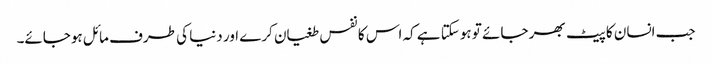
جب انسان کا پیٹ بھر جائے تو ہوسکتا ہے کہ اس کا نفس طغیان کرے اور دنیا کی طرف مائل ہوجائے۔